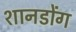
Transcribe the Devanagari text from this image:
शानडोंग